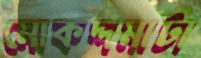
মোকদ্দমাটা